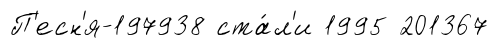
П'есн'я-197938 ста́л'и 1995 201367